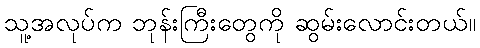
သူ့အလုပ်က ဘုန်းကြီးတွေကို ဆွမ်းလောင်းတယ်။